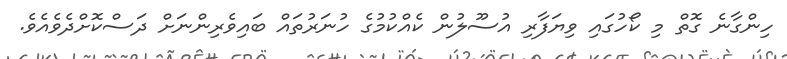
ހިންގާނެ ގޮތް މި ކޯހުގައި ވިޔަފާރި އުސޫލުން ކެއްކުމުގެ ހުނަރުތައް ބައިވެރިންނަށް ދަސްކޮށްދެވެއެވެ.